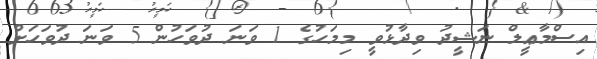
އިސްމާޢީލް ނަޝީދު ވިދާޅުވީ މިމަހުގެ 1 ވަނަ ދުވަހުން 5 ވަނަ ދުވަހަށް